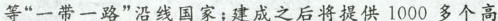
等”一带一路”沿线国家；建成之后将提供1000多个高